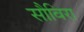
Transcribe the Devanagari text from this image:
सौविरा